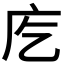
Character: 𭙐